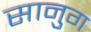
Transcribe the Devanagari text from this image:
सानुग